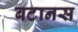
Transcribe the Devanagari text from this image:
बटानस